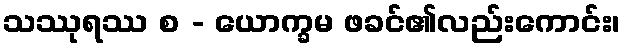
သဿုရဿ စ - ယောက္ခမ ဖခင်၏လည်းကောင်း၊